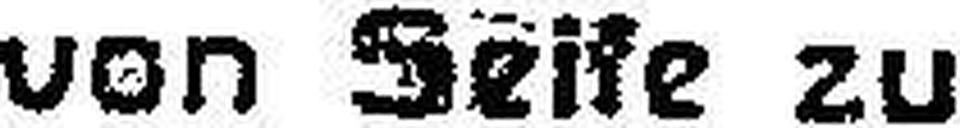
von Seife zu